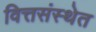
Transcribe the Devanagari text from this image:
वित्तसंस्थेत